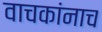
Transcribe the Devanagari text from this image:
वाचकांनाच